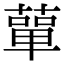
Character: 蕇